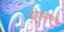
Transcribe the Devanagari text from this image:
ह्यूवेलमैन्स